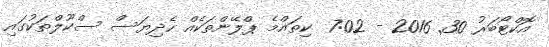
އޮކްޓޯބަރު 30